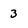
Character: 3